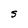
Character: S